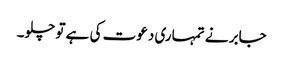
جابر نے تمہاری دعوت کی ہے تو چلو۔